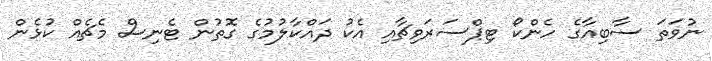
ނުވަތަ ސާބިއާގެ ހެންކޯ ޓިޕްސަރަވިޗާއި އެކު ދައްކާލުމުގެ ގޮތުން ޓެނިސް މެޗެއް ކުޅެން